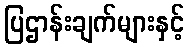
ပြဌာန်းချက်များနှင့်